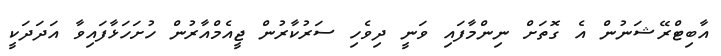
އާބިޓްރޭޝަނުން އެ ގޮތަށް ނިންމާފައި ވަނީ ދިވެހި ސަރުކާރުން ޖީއެމްއާރުން ހުށަހަޅާފައިވާ އަދަދަކީ